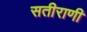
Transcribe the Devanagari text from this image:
सतीराणी